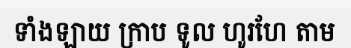
ទាំងឡាយ ក្រាប ទូល ហូរហែ តាម